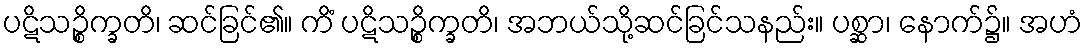
ပဋိသဉ္စိက္ခတိ၊ ဆင်ခြင်၏။ ကိံ ပဋိသဉ္စိက္ခတိ၊ အဘယ်သို့ဆင်ခြင်သနည်း။ ပစ္ဆာ၊ နောက်၌။ အဟံ